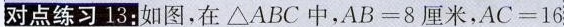
对点练习13：如图，在\Delta ABC中，$$AB=8$$厘米，$$AC=16$$